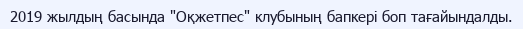
2019 жылдың басында "Оқжетпес" клубының бапкері боп тағайындалды.